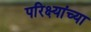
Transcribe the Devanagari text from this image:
परिक्ष्यांच्या